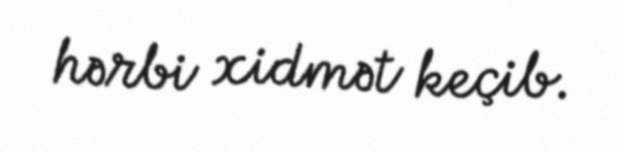
hərbi xidmət keçib.